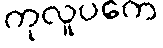
ကုလူပကေ